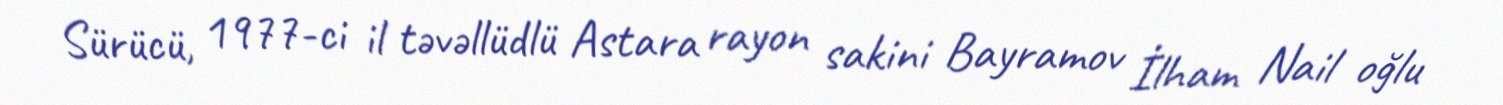
Sürücü, 1977-ci il təvəllüdlü Astara rayon sakini Bayramov İlham Nail oğlu